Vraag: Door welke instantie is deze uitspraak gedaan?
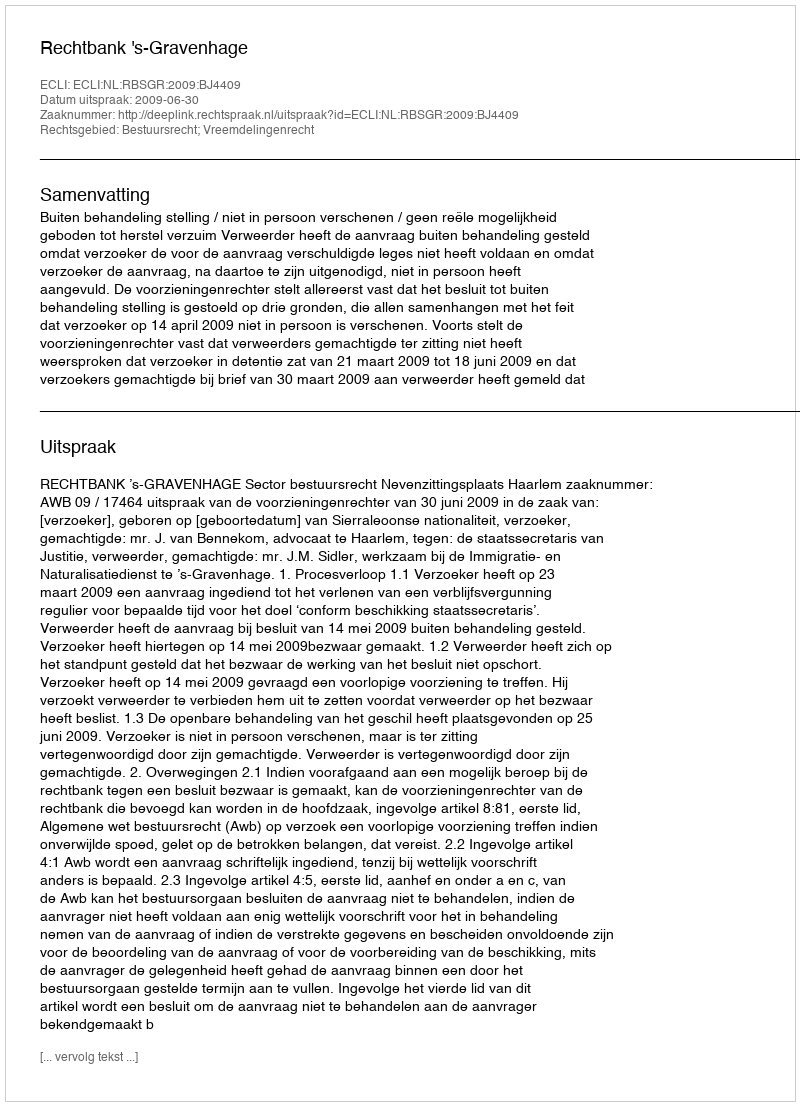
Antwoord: Rechtbank 's-Gravenhage